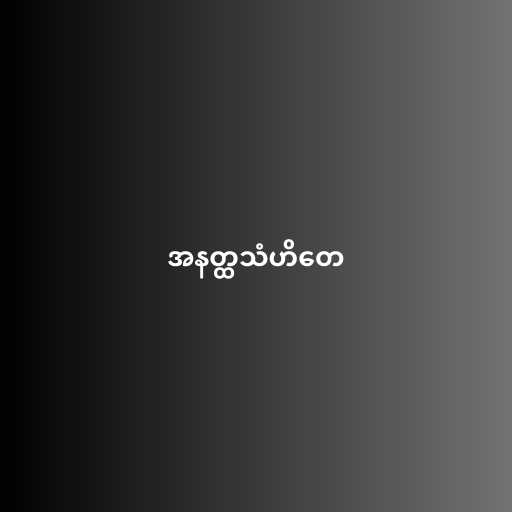
အနတ္ထသံဟိတေ